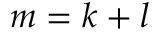
m = k + l